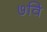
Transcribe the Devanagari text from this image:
७वि